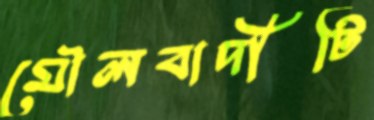
মৌলবাদীটি